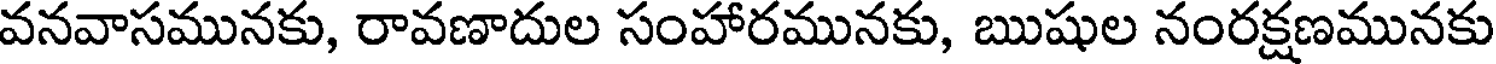
వనవాసమునకు, రావణాదుల సంహారమునకు, ఋషుల నంరక్షణమునకు